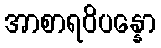
အာစာရဝိပန္နော